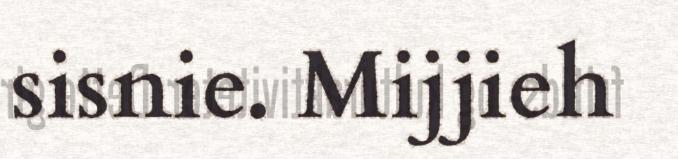
sisnie. Mijjieh